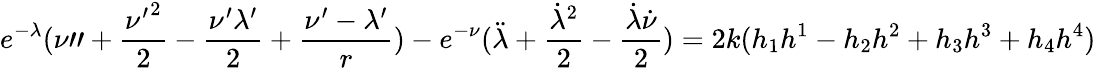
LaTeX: e^{-{\lambda}}({\nu}"+\frac{{{\nu}^{\prime}}^{2}}{2}-\frac{{\nu}^{\prime}{\lambda}^{\prime}}{2}+\frac{{\nu}^{\prime}-{\lambda}^{\prime}}{r})-e^{-{\nu}}(\ddot{\lambda}+\frac{{\dot{\lambda}}^{2}}{2}-\frac{\dot{\lambda}\dot{\nu}}{2})=2k(h_{1}h^{1}-h_{2}h^{2}+h_{3}h^{3}+h_{4}h^{4})